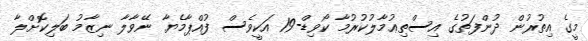
މީގެ އިތުރުން ދުންފަތުގެ އިސްތިޢުމާލުކުރުމާ ކޯވިޑް-19 އަކީވެސް ފުއްޕާމެޔާ ނޭވާލާ ނިޒާމު ބަލިކޮށްލާ